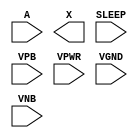
/**
 * Copyright 2020 The SkyWater PDK Authors
 *
 * Licensed under the Apache License, Version 2.0 (the "License");
 * you may not use this file except in compliance with the License.
 * You may obtain a copy of the License at
 *
 *     https://www.apache.org/licenses/LICENSE-2.0
 *
 * Unless required by applicable law or agreed to in writing, software
 * distributed under the License is distributed on an "AS IS" BASIS,
 * WITHOUT WARRANTIES OR CONDITIONS OF ANY KIND, either express or implied.
 * See the License for the specific language governing permissions and
 * limitations under the License.
 *
 * SPDX-License-Identifier: Apache-2.0
 */

`ifndef SKY130_FD_SC_HD__LPFLOW_ISOBUFSRC_PP_SYMBOL_V
`define SKY130_FD_SC_HD__LPFLOW_ISOBUFSRC_PP_SYMBOL_V

/**
 * lpflow_isobufsrc: Input isolation, noninverted sleep.
 *
 *                   X = (!A | SLEEP)
 *
 * Verilog stub (with power pins) for graphical symbol definition
 * generation.
 *
 * WARNING: This file is autogenerated, do not modify directly!
 */

`timescale 1ns / 1ps
`default_nettype none

(* blackbox *)
module sky130_fd_sc_hd__lpflow_isobufsrc (
    //# {{data|Data Signals}}
    input  A    ,
    output X    ,

    //# {{power|Power}}
    input  SLEEP,
    input  VPB  ,
    input  VPWR ,
    input  VGND ,
    input  VNB
);
endmodule

`default_nettype wire
`endif  // SKY130_FD_SC_HD__LPFLOW_ISOBUFSRC_PP_SYMBOL_V